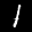
Label: 1